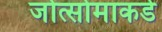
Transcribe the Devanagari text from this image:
जोत्सोमाकडे